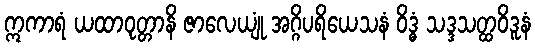
ဣကာရံ ယထာဝုတ္တာနိ ဇာလေယျုံ အဂ္ဂိပရိယေသနံ ဝိဒ္ဓံ သဒ္ဒသတ္ထဝိဒူနံ